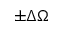
\pm \Delta \Omega